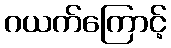
ဂယက်ကြောင့်